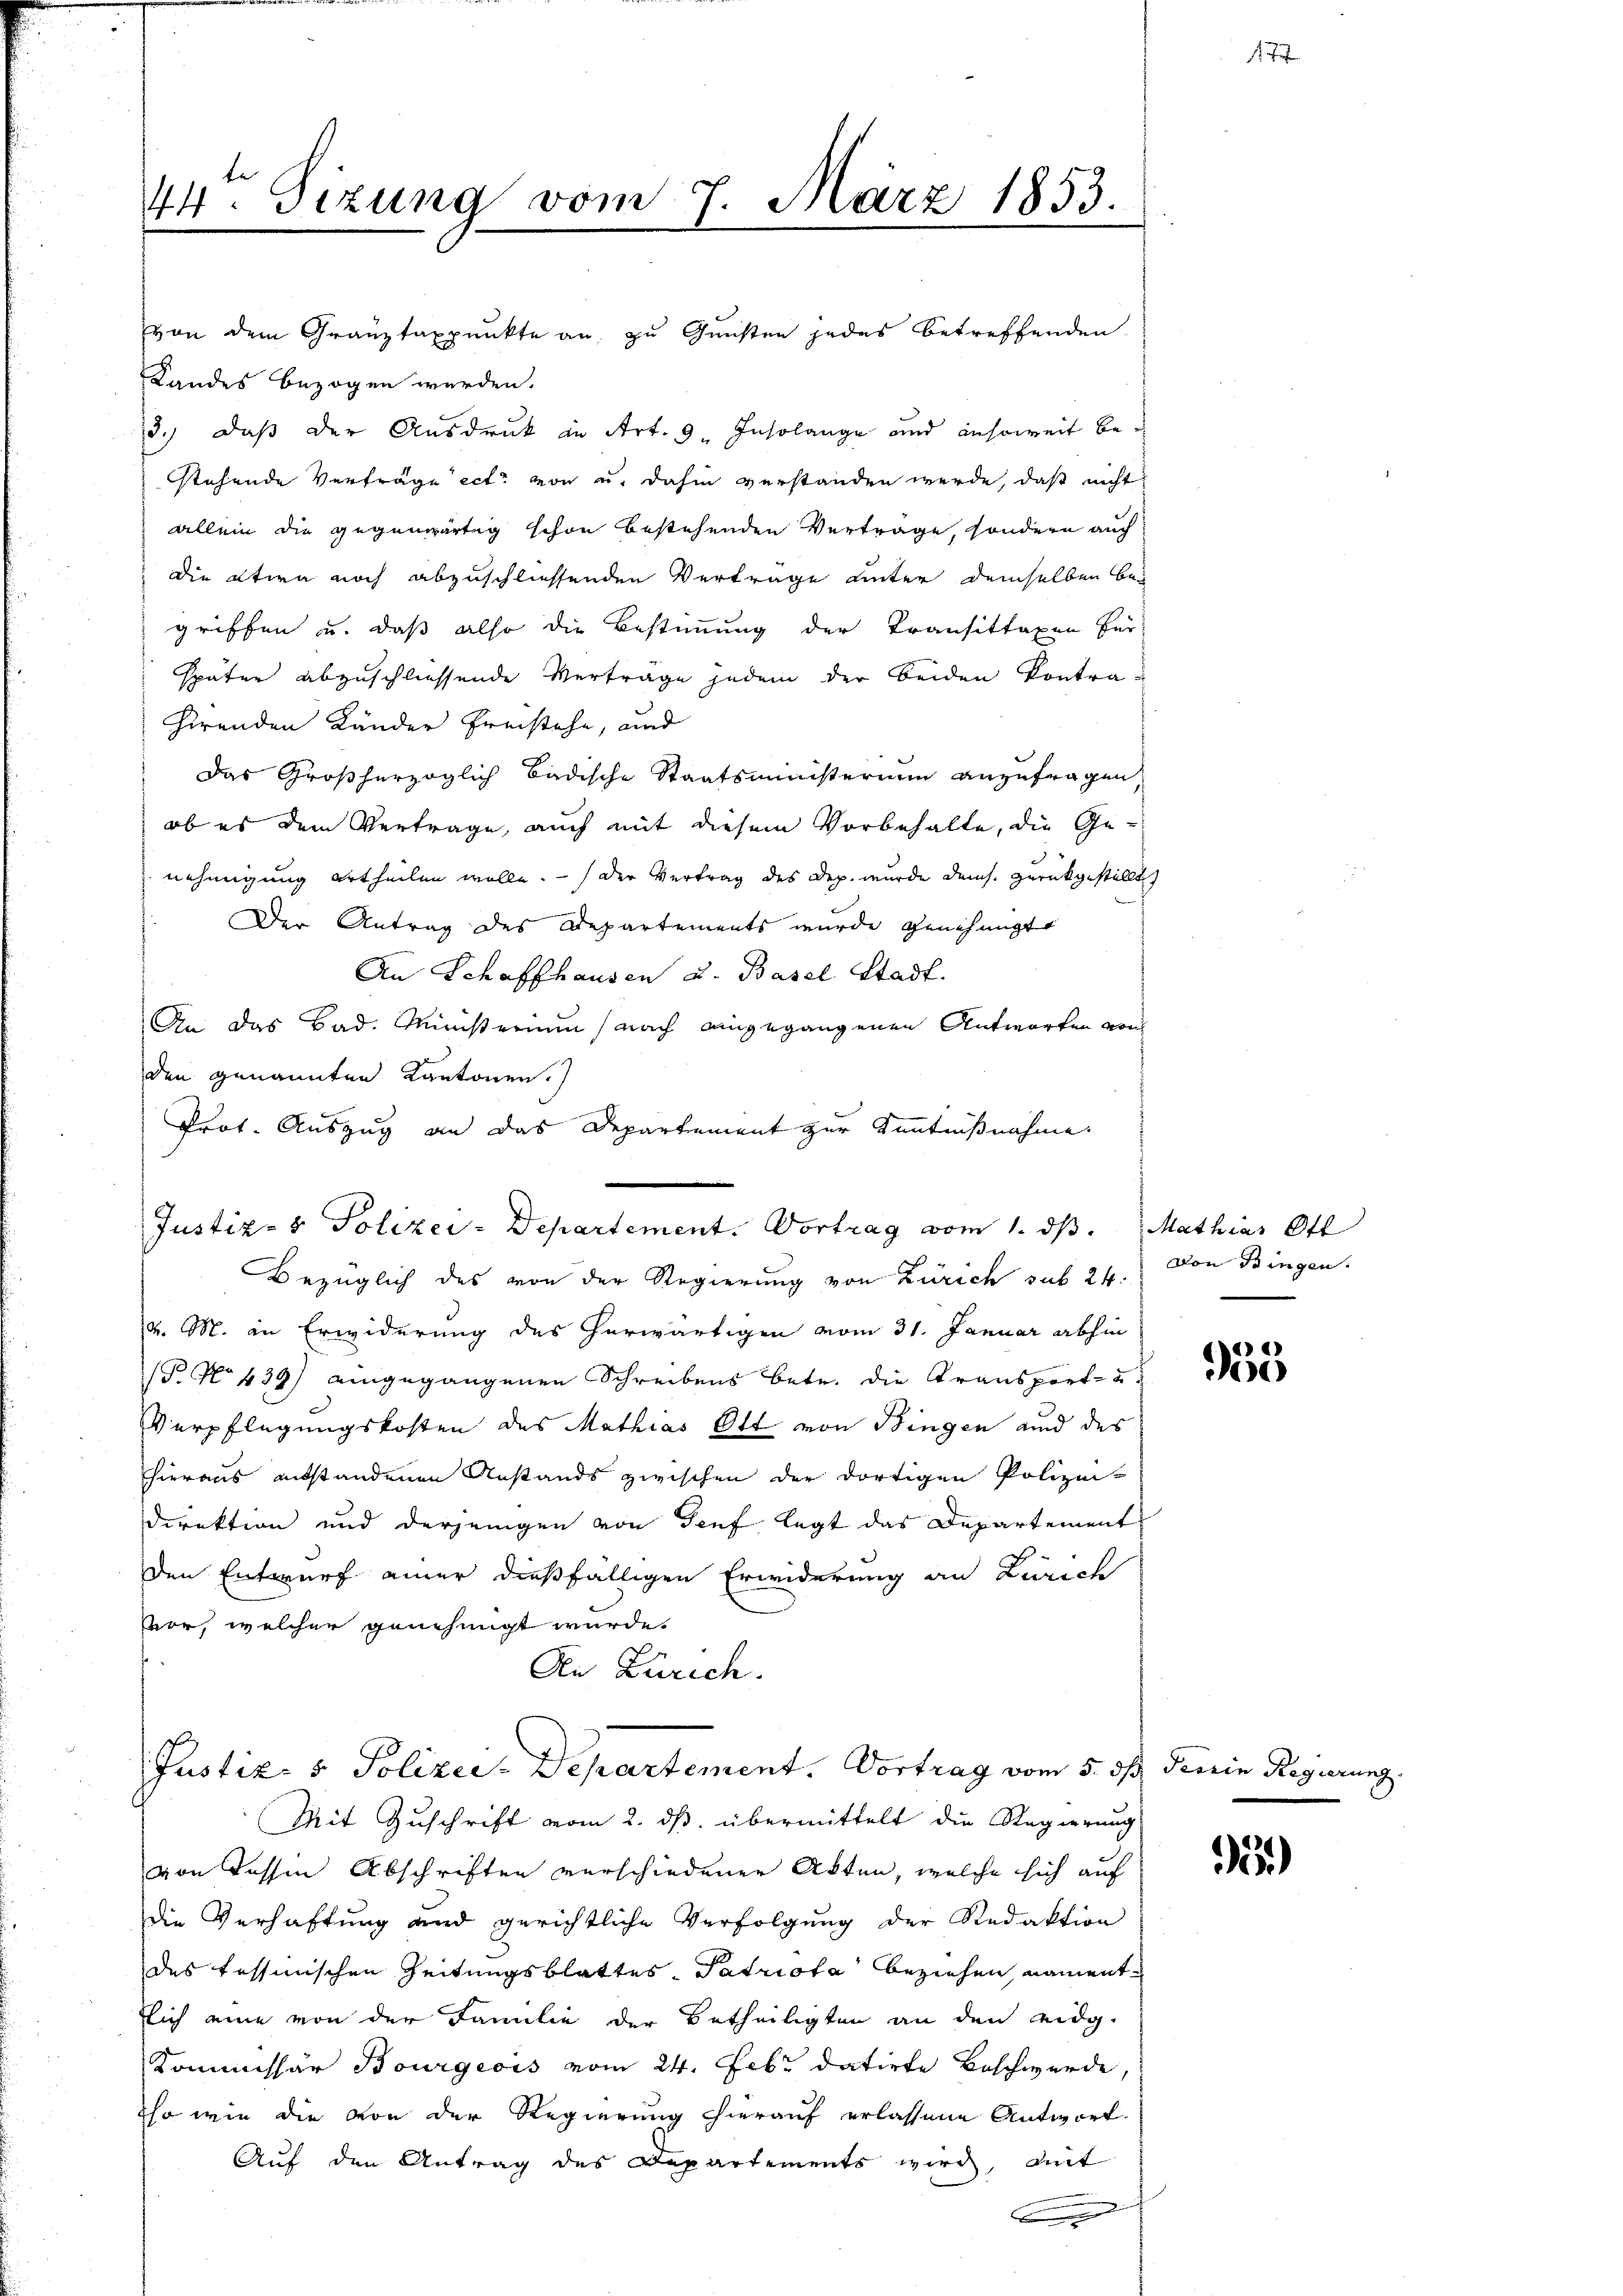
44. Sizung vom 7. März 1853.
.

von dem Grauztaxpunkte an zu Gunsten jedes betreffenden
Landes bezogen werden.
3.) Daß der Ausdruck in Art. 9. Insolange und ansoweit bestehende Vertrage ect. von u. dahin verstanden werde, daß nicht
allein die gegenwärtig schon bestehenden Verträge, sondern auch
die etwa noch abzuschliessenden Vertrage unter demselben be-
griffen u. daß also die Bestimmung der Transittaxen für
später abzuschliessende Vertrage jedem der beiden Kontrahirenden Länder Freistehe, und
das Großherzoglich badische Staatsministerium anzufragen
ob es dem Vertrage, auch mit diesem Vorbehalte, die Genehmigung ertheilen wolle.   Der Vertrag des Dep. wurde dens. zurückgestellt
Der Antrag des Departements wurde genehmigt
An Schaffhausen u. Basel Stadt.
An das Bad. Ministerium nach eingegangenen Antworten von
den genannten Kantonen.
Prot. Auszug an das Departement zur Kenntnißnahme.
Justiz- & Polizei-Departement. Vortrag vom 1. ds. Mathias Ott
Bezüglich des von der Regierung von Zürich sub 24. von Bingen.
v. M. in Erwiderung des herwärtigen vom 31. Januar abhin
1 No 439) eingegangenen Schreibens betr. die Transport- u.
Verpflegungskosten des Mathias Ott von Bingen und des
hieraus anstandenen Anstands zwischen der dortigen Polizei-
direktion und derjenigen von Genf legt das Departement
den Entwurf einer dießfälligen Erwiderung an Zürich
vor, welcher genehmigt wurde.
An Zürich.

Justiz- & Polizei-Departement. Vortrag vom 5. ds Gemein Regieru

Mit Zuschrift vom 2. ds. übermittelt die Regierung
von dessen Abschriften verschiedener Akten, welche sich auf
die Verhaftung und gerichtliche Verfolgung der Redaktion
des tessinischen Zeitungsblattes- Patriota beziehen, nament
Eich eine von der Familie der Betheiligten an den eidg.
Kommissär Bourgeois vom 24. Febr. datirte Beschwerde,
so wie die von der Regierung hierauf erlassene Antwort.
Auf den Antrag des Departements wird, mit

f)
e

35.)

.